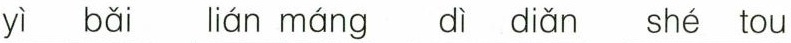
yì bǎi lián máng dì diǎn shé tou